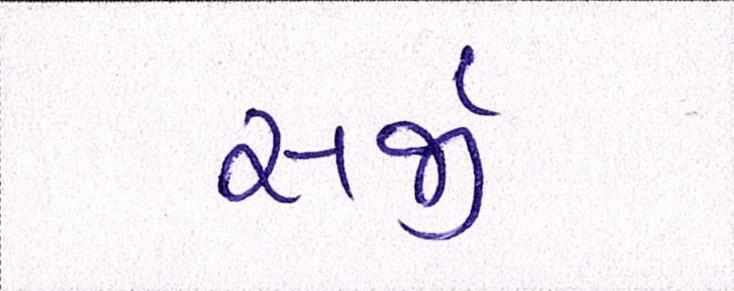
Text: સર્જી